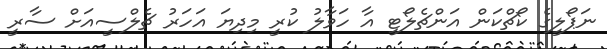
ނަޕޯލީގެ ކޯޗްކަން އަންޗެލޯޓީ އާ ހަވާލު ކުރީ މިދިޔަ އަހަރު ޗެލްސީއަށް ސާރީ